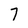
Character: 7